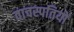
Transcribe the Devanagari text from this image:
वाचस्पतियों